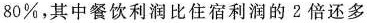
80%，其中餐饮利润比住宿利润的 2 倍还多